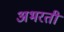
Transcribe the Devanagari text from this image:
अभरती